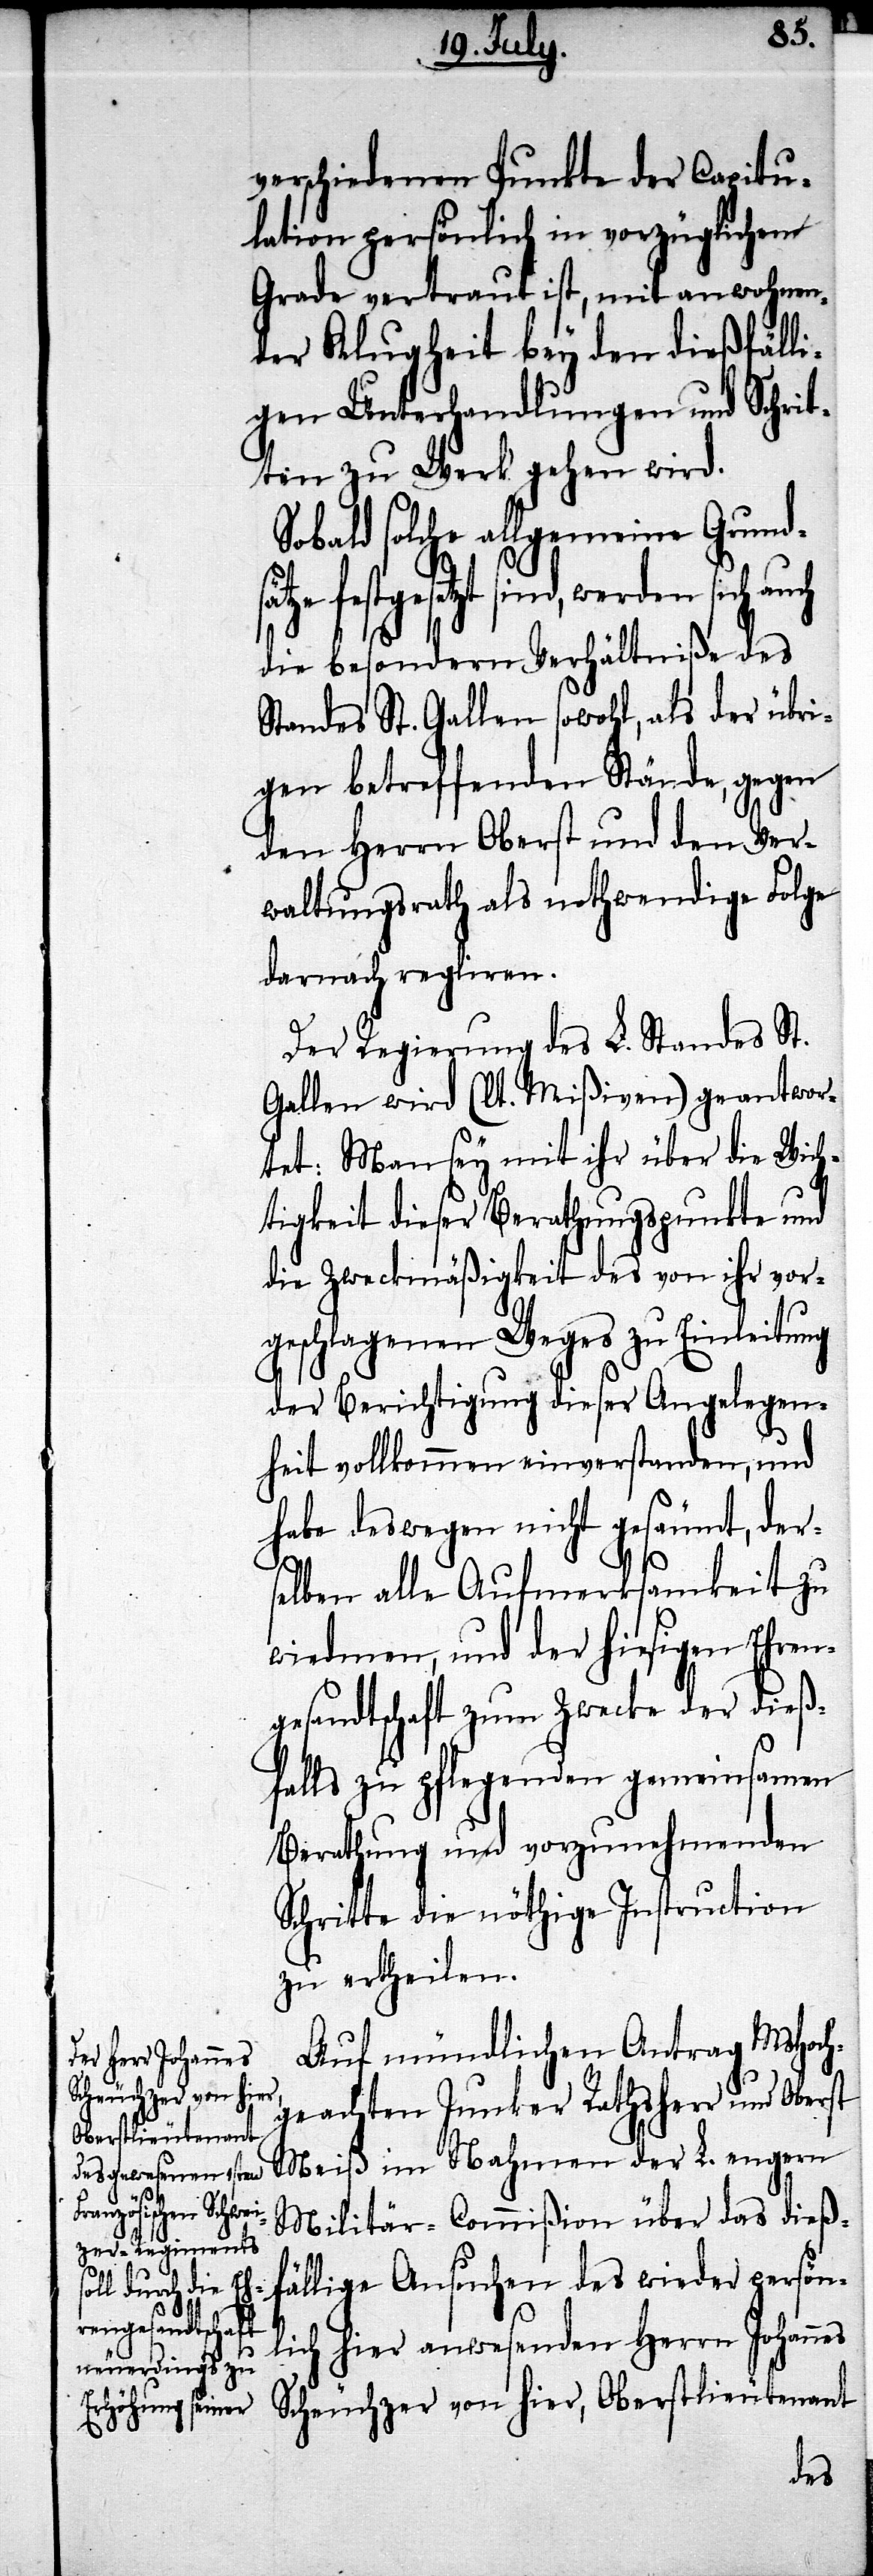
sätze fes¬

verschiedenen Punkte der Capitu¬
lation persönlich in vorzüglichen
Grade vertraut ist, mit anwohnen¬
der Klugheit bey den dießfälli¬
gen Unterhandlungen und Schrit¬
ten zu Werk gehen wird.
Sobald solche allgemeine Grund¬
tgesetzt sind, werden sich
die besondern Verhältniße des
Standes St. Gallen sowohl, als der übri¬
gen betreffenden Stände, gegen
den Herrn Oberst und den Ver¬
waltungsrath als nothwendige Folge
darnach regliren.
Der Regierung des L. Standes St.
Gallen wird (lt. Mißiven) geantwor¬
tet: Man sey mit ihr über die Wich¬
tigkeit dieser Berathungspunkte und
die Zweckmäßigkeit des von ihr vor¬
geschlagenen Weges zu Einleitung
der Berichtigung dieser Angelegen¬
heit vollkommen einverstanden, und
habe deswegen nicht gesäumt, ders¬
elben alle Aufmerksamkeit zu
wiedmen, und der hiesigen Ehren¬
gesandtschaft zum Zwecke der dieß¬
falls zu pflegenden gemeinsamen
Berathung und vorzunehmenden
Schritte die nöthige Instruction
zu ertheilen.
Auf mündlichen Antrag MsHoch¬
geachten Junker Rathsherr und Oberst
Meiß im Nahmen der L. engern
Militär-Commißion über das dieß¬
fällige Ansuchen des wieder persön¬
lich hier anwesenden Herrn Johannes
Scheuchzer von hier, Oberstlieutenant